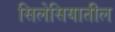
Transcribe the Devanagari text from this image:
सिलेसियातील